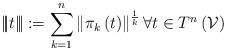
LaTeX: \begin{align*}\left\vert \!\left\vert \!\left\vert t\right\vert \!\right\vert\!\right\vert :=\sum_{k=1}^{n}\left\Vert \pi _{k}\left( t\right) \right\Vert^{\frac{1}{k}}\forall t\in T^{n}\left( \mathcal{V}\right) \end{align*}